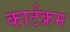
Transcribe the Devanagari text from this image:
कार्टक्रम